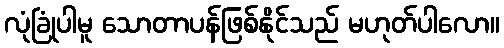
လုံခြုံပါမူ သောတာပန်ဖြစ်နိုင်သည် မဟုတ်ပါလော။